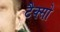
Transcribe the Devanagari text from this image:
टैक्सो